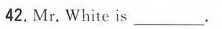
42.Mr. White is__________.